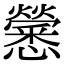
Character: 𢥒